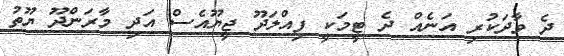
ދެ ވާދަކުރި އަނެއް ދެ ޓީމަކީ ފިއްލަދޫ ޖީޔޫއެސް އަދި މާރަންދޫ ޔޫތު